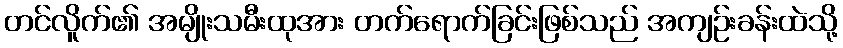
တင်လိူက်၏ အမျိုးသမီးထုအား တက်ရောက်ခြင်းဖြစ်သည် အကျဉ်းခန်းထဲသို့